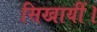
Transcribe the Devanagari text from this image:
सिखायीं।